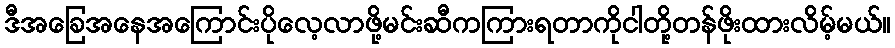
ဒီအခြေအနေအကြောင်းပိုလေ့လာဖို့မင်းဆီကကြားရတာကိုငါတို့တန်ဖိုးထားလိမ့်မယ်။